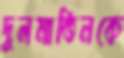
দুলমাতিনকে